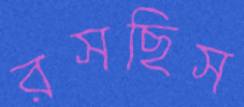
রসছিস